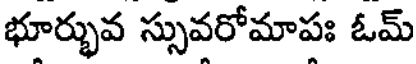
భూర్భువ స్సువరోమాపః ఓమ్